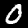
Label: 0